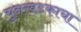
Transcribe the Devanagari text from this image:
चुनखडकाचा